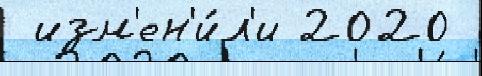
 изм'ен'и́л'и 2020